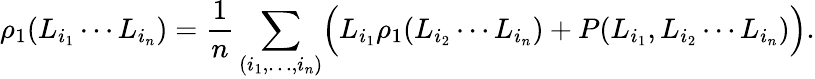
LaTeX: \rho_{1}(L_{i_{1}}\cdots L_{i_{n}})={\frac{1}{n}}\sum_{(i_{1},\ldots,i_{n})}\Bigl(L_{i_{1}}\rho_{1}(L_{i_{2}}\cdots L_{i_{n}})+P(L_{i_{1}},L_{i_{2}}\cdots L_{i_{n}})\Bigr).